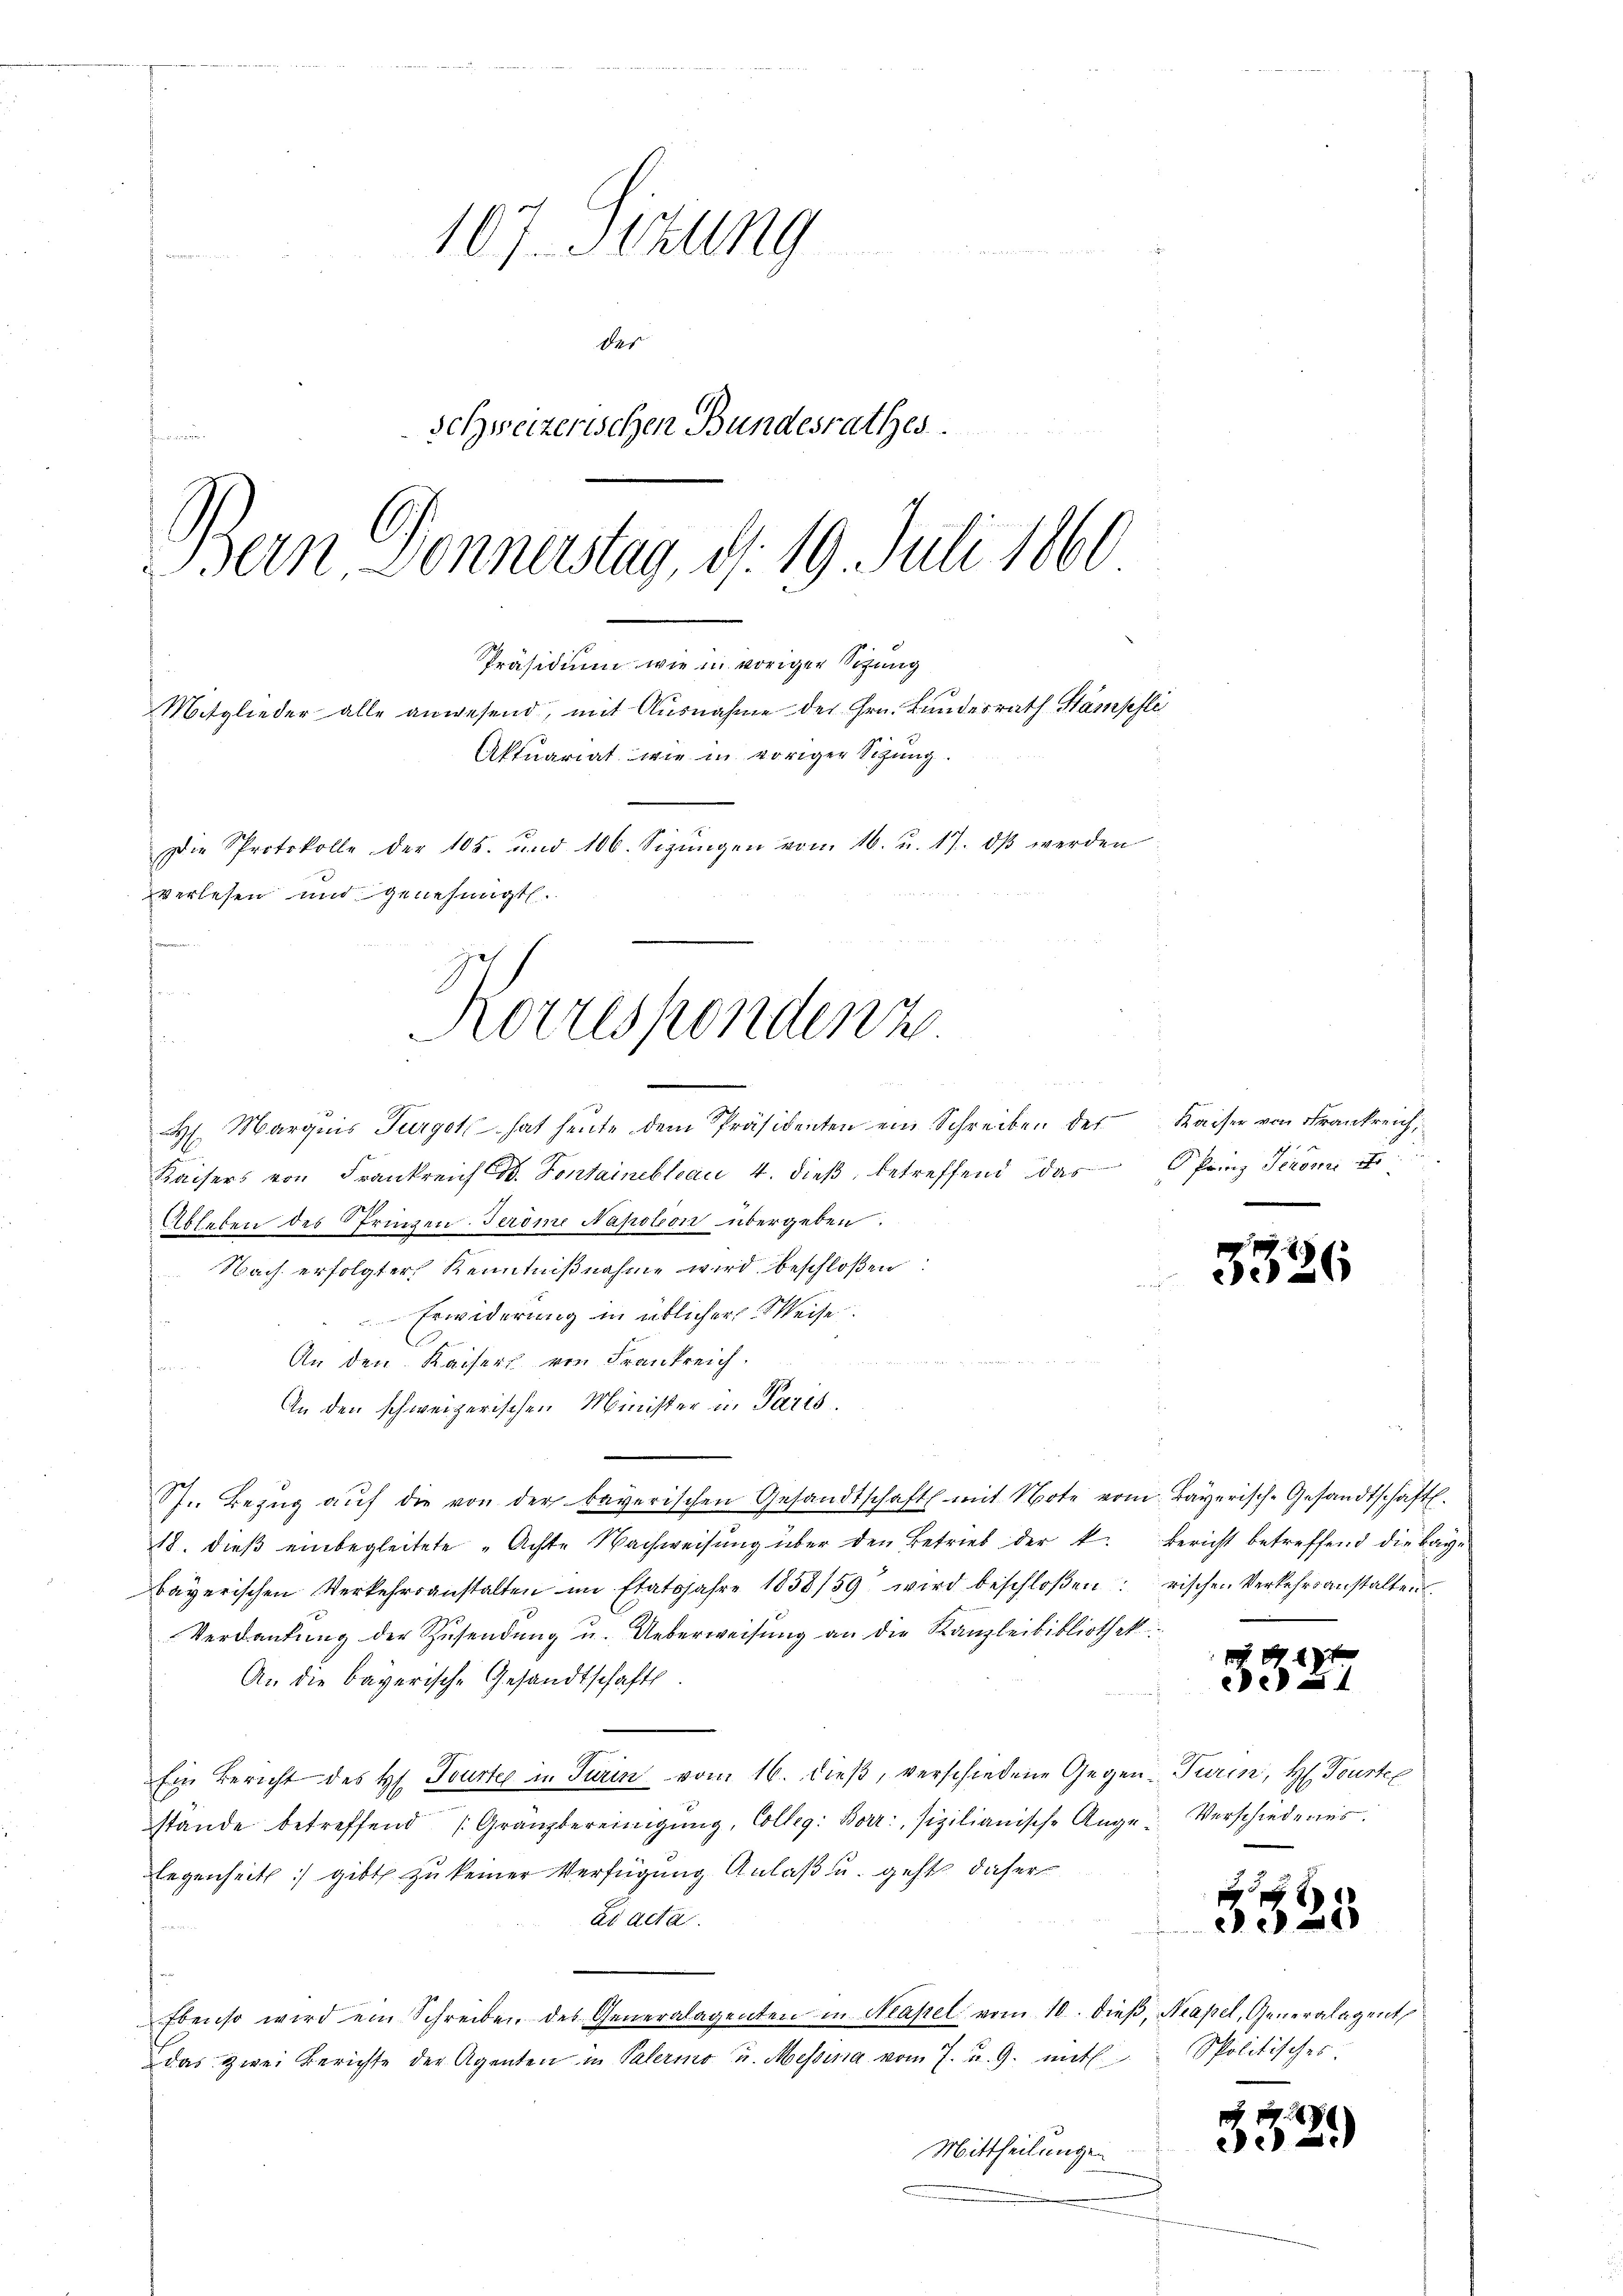
7
107. Sitzung
das
schweizerischen Bundesrathes
Bern Donnastag, d. 19. Juli 1860

Präsidium wie in voriger Sitzung
verlesen und genehmigt.
Pommen.
t
Korresponden z
s

Mitglieder alle anwesend, mit Ausnahme der Hrn. Landesrath Stampfli
Aktuariat wie in voriger Sitzung.
Die Protokolle der 105. und 106. Sigŭngen von 16. u. 17. dβ werden

n
H. Marquis Turget hat heute dem Präsidenten ein Schreiben des Kaiser von Frankreich
Kaisers von Frankreich C. Fontaineblau 4. dieβ, betreffend das Prinz Seron E
Ableben des Springen. Jerome Napoleon übergeben.
 Nach erfolgter Kenntniβnahme wird beschloßen:
Erwiderung in üblicher Weise.
An den Kaisers von Frankreich
An den schweizerischen Minister in Paris.
St. Bezŭg aŭf die von der bayerischen Gesandtschaft mit Note vom Bayerisch-Gesandtschaft.
18. dieß einbegleitete „Achte Nachweisung über den Betrieb der k. Bericht betreffend die Baye
bayerischen Verkehrsanstalten im Etatsjahre 1858/59 wird beschloßen: rischen Verkehrsanstalten
Verdankung der Zusendung u. Ueberweisung an die Kanzleibibliothek
An die bayerische Gesandtschafts
Ein Bericht des H. Tourter in Turin vom 16. dieß, verschiedene Gegen Turin, H. Tourtel
stände betreffend Gränzbereinigŭng, Colleg. Borr: sizilianische Auge Verschiedenes.
legenheit) gibt zu keiner Verfügung Anlaß u. geht daher
di acta.

Ebenso wird ein Schreiben des Generalagenten in Masel vom 10. dieβ, Neapel, Generalagent
das zwei Berichte der Agenten in Palermo u. Messina vom 7. u. 9. mit
Mittheilungen

3326

4)
e

1

x
3025

Spolitisches

3329